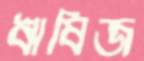
ঋষিজ